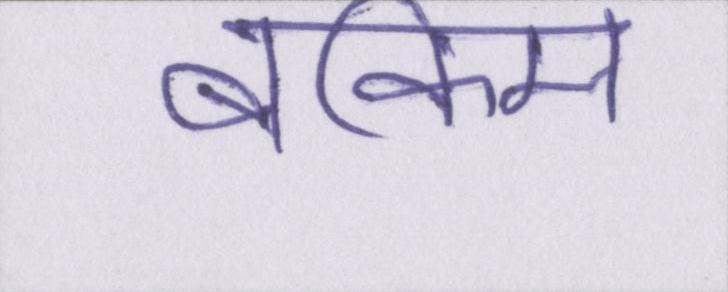
बंकिम